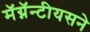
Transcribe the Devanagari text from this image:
मॅग्नॅन्टीयसने